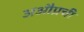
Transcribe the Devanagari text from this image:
अऔप्रची